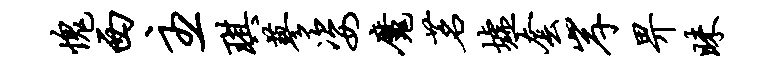
愧西主琪蓼姿魔茗墟套岸畀昧